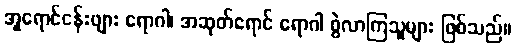
အူရောင်ငန်းဖျား ရောဂါ၊ အဆုတ်ရောင် ရောဂါ စွဲလာကြသူများ ဖြစ်သည်။